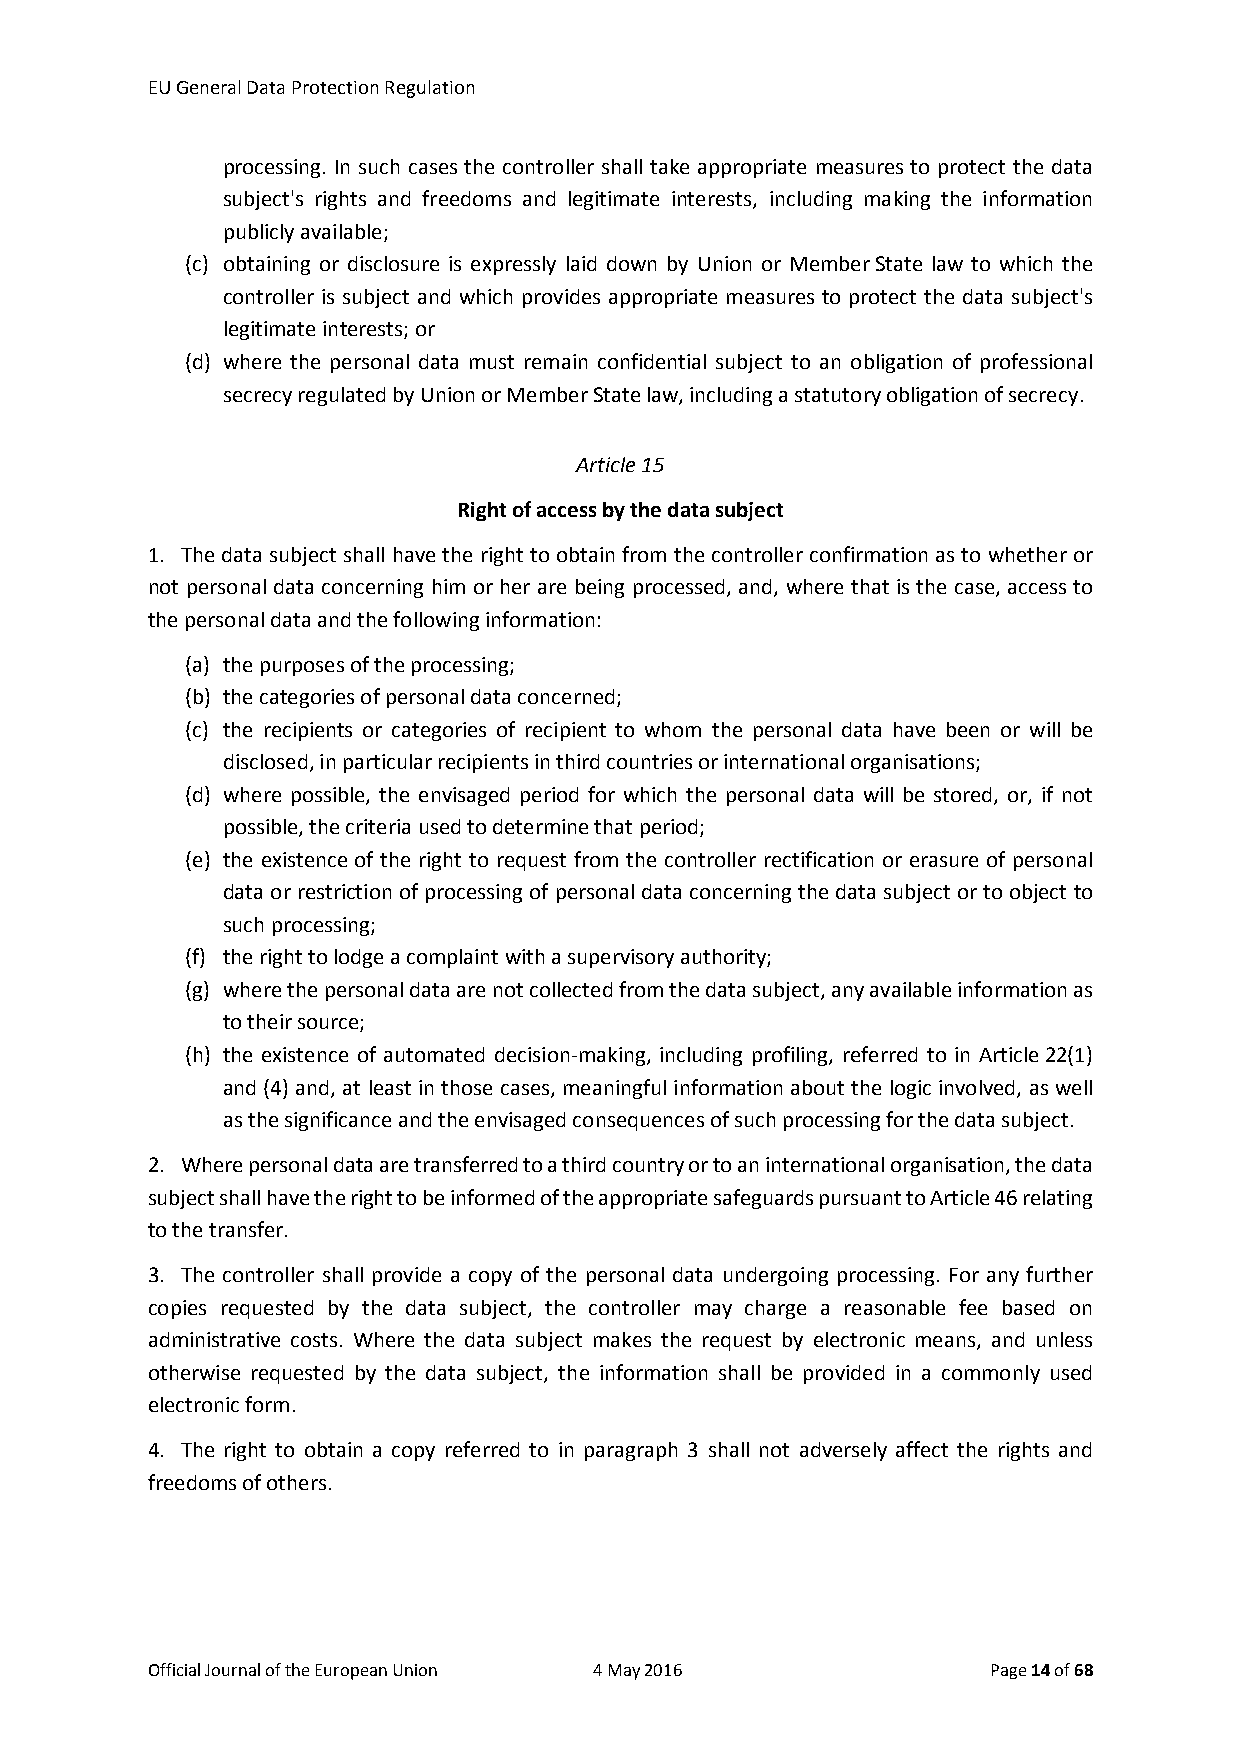
EU General Data Protection Regulation
 processing. In such cases the controller shall take appropriate measures to protect the data
 subject's rights and freedoms and legitimate interests, including making the information
 publicly available;
 (c) obtaining or disclosure is expressly laid down by Union or Member State law to which the
 controller is subject and which provides appropriate measures to protect the data subject's
 legitimate interests; or
 (d) where the personal data must remain confidential subject to an obligation of professional
 secrecy regulated by Union or Member State law, including a statutory obligation of secrecy.
 Article 15
 Right of access by the data subject
 1. The data subject shall have the right to obtain from the controller confirmation as to whether or
 not personal data concerning him or her are being processed, and, where that is the case, access to
 the personal data and the following information:
 (a) the purposes of the processing;
 (b) the categories of personal data concerned;
 (c) the recipients or categories of recipient to whom the personal data have been or will be
 disclosed, in particular recipients in third countries or international organisations;
 (d) where possible, the envisaged period for which the personal data will be stored, or, if not
 possible, the criteria used to determine that period;
 (e) the existence of the right to request from the controller rectification or erasure of personal
 data or restriction of processing of personal data concerning the data subject or to object to
 such processing;
 (f) the right to lodge a complaint with a supervisory authority;
 (g) where the personal data are not collected from the data subject, any available information as
 to their source;
 (h) the existence of automated decision-making, including profiling, referred to in Article 22(1)
 and (4) and, at least in those cases, meaningful information about the logic involved, as well
 as the significance and the envisaged consequences of such processing for the data subject.
 2. Where personal data are transferred to a third country or to an international organisation, the data
 subject shall have the right to be informed of the appropriate safeguards pursuant to Article 46 relating
 to the transfer.
 3. The controller shall provide a copy of the personal data undergoing processing. For any further
 copies requested by the data subject, the controller may charge a reasonable fee based on
 administrative costs. Where the data subject makes the request by electronic means, and unless
 otherwise requested by the data subject, the information shall be provided in a commonly used
 electronic form.
 4. The right to obtain a copy referred to in paragraph 3 shall not adversely affect the rights and
 freedoms of others.
 Official Journal of the European Union 4 May 2016       Page 14 of 68